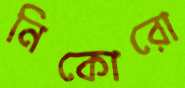
নিকোরো